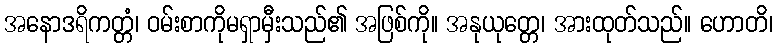
အနောဒရိကတ္တံ၊ ဝမ်းစာကိုမရှာမှီးသည်၏ အဖြစ်ကို။ အနုယုတ္တေ၊ အားထုတ်သည်။ ဟောတိ၊